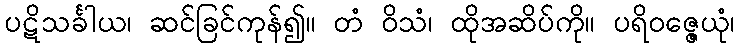
ပဋိသင်္ခါယ၊ ဆင်ခြင်ကုန်၍။ တံ ဝိသံ၊ ထိုအဆိပ်ကို။ ပရိဝဇ္ဇေယုံ၊